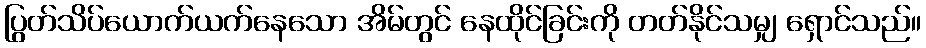
ပြွတ်သိပ်ယောက်ယက်နေသော အိမ်တွင် နေထိုင်ခြင်းကို တတ်နိုင်သမျှ ရှောင်သည်။